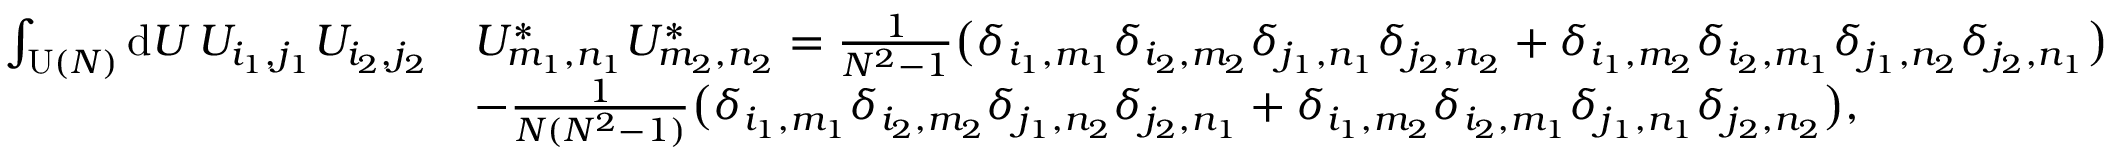
\begin{array} { r l } { \int _ { \operatorname { U } ( N ) } \mathrm { d } U \, U _ { i _ { 1 } , j _ { 1 } } U _ { i _ { 2 } , j _ { 2 } } } & { U _ { m _ { 1 } , n _ { 1 } } ^ { * } U _ { m _ { 2 } , n _ { 2 } } ^ { * } = \frac { 1 } { N ^ { 2 } - 1 } \big ( \delta _ { i _ { 1 } , m _ { 1 } } \delta _ { i _ { 2 } , m _ { 2 } } \delta _ { j _ { 1 } , n _ { 1 } } \delta _ { j _ { 2 } , n _ { 2 } } + \delta _ { i _ { 1 } , m _ { 2 } } \delta _ { i _ { 2 } , m _ { 1 } } \delta _ { j _ { 1 } , n _ { 2 } } \delta _ { j _ { 2 } , n _ { 1 } } \big ) } \\ & { - \frac { 1 } { N ( N ^ { 2 } - 1 ) } \big ( \delta _ { i _ { 1 } , m _ { 1 } } \delta _ { i _ { 2 } , m _ { 2 } } \delta _ { j _ { 1 } , n _ { 2 } } \delta _ { j _ { 2 } , n _ { 1 } } + \delta _ { i _ { 1 } , m _ { 2 } } \delta _ { i _ { 2 } , m _ { 1 } } \delta _ { j _ { 1 } , n _ { 1 } } \delta _ { j _ { 2 } , n _ { 2 } } \big ) , } \end{array}